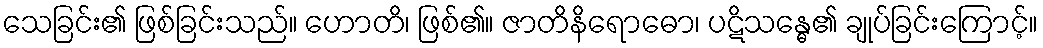
သေခြင်း၏ ဖြစ်ခြင်းသည်။ ဟောတိ၊ ဖြစ်၏။ ဇာတိနိရောဓော၊ ပဋိသန္ဓေ၏ ချုပ်ခြင်းကြောင့်။